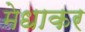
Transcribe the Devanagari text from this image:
मेधाकर